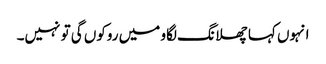
انہوں کہا چھلانگ لگاو میں روکوں گی تو نہیں۔